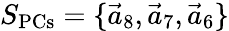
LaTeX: S_{\mathrm{PCs}}=\{ \vec{a}_{8},\vec{a}_{7},\vec{a}_{6}\}